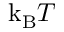
\mathrm { k _ { B } } T